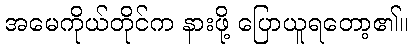
အမေကိုယ်တိုင်က နားဖို့ ပြောယူရတော့၏။